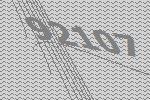
92107